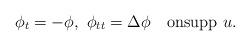
LaTeX: \begin{align*}\phi_t=-\phi,\ \phi_{tt}=\Delta\phi \quad\mbox{on}\mbox{supp}\ u.\end{align*}